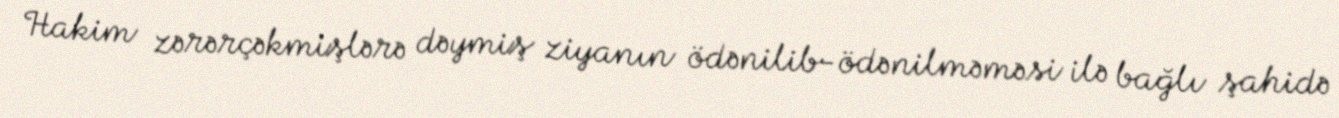
Hakim zərərçəkmişlərə dəymiş ziyanın ödənilib-ödənilməməsi ilə bağlı şahidə